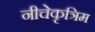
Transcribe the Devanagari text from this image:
नीचेकृत्रिम